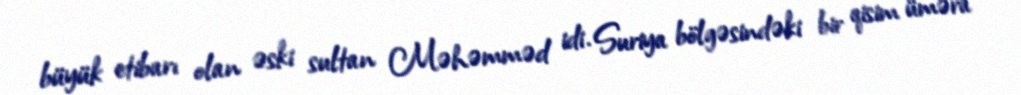
büyük etibarı olan əski sultan Məhəmməd idi. Suriya bölgəsindəki bir qisim üməra